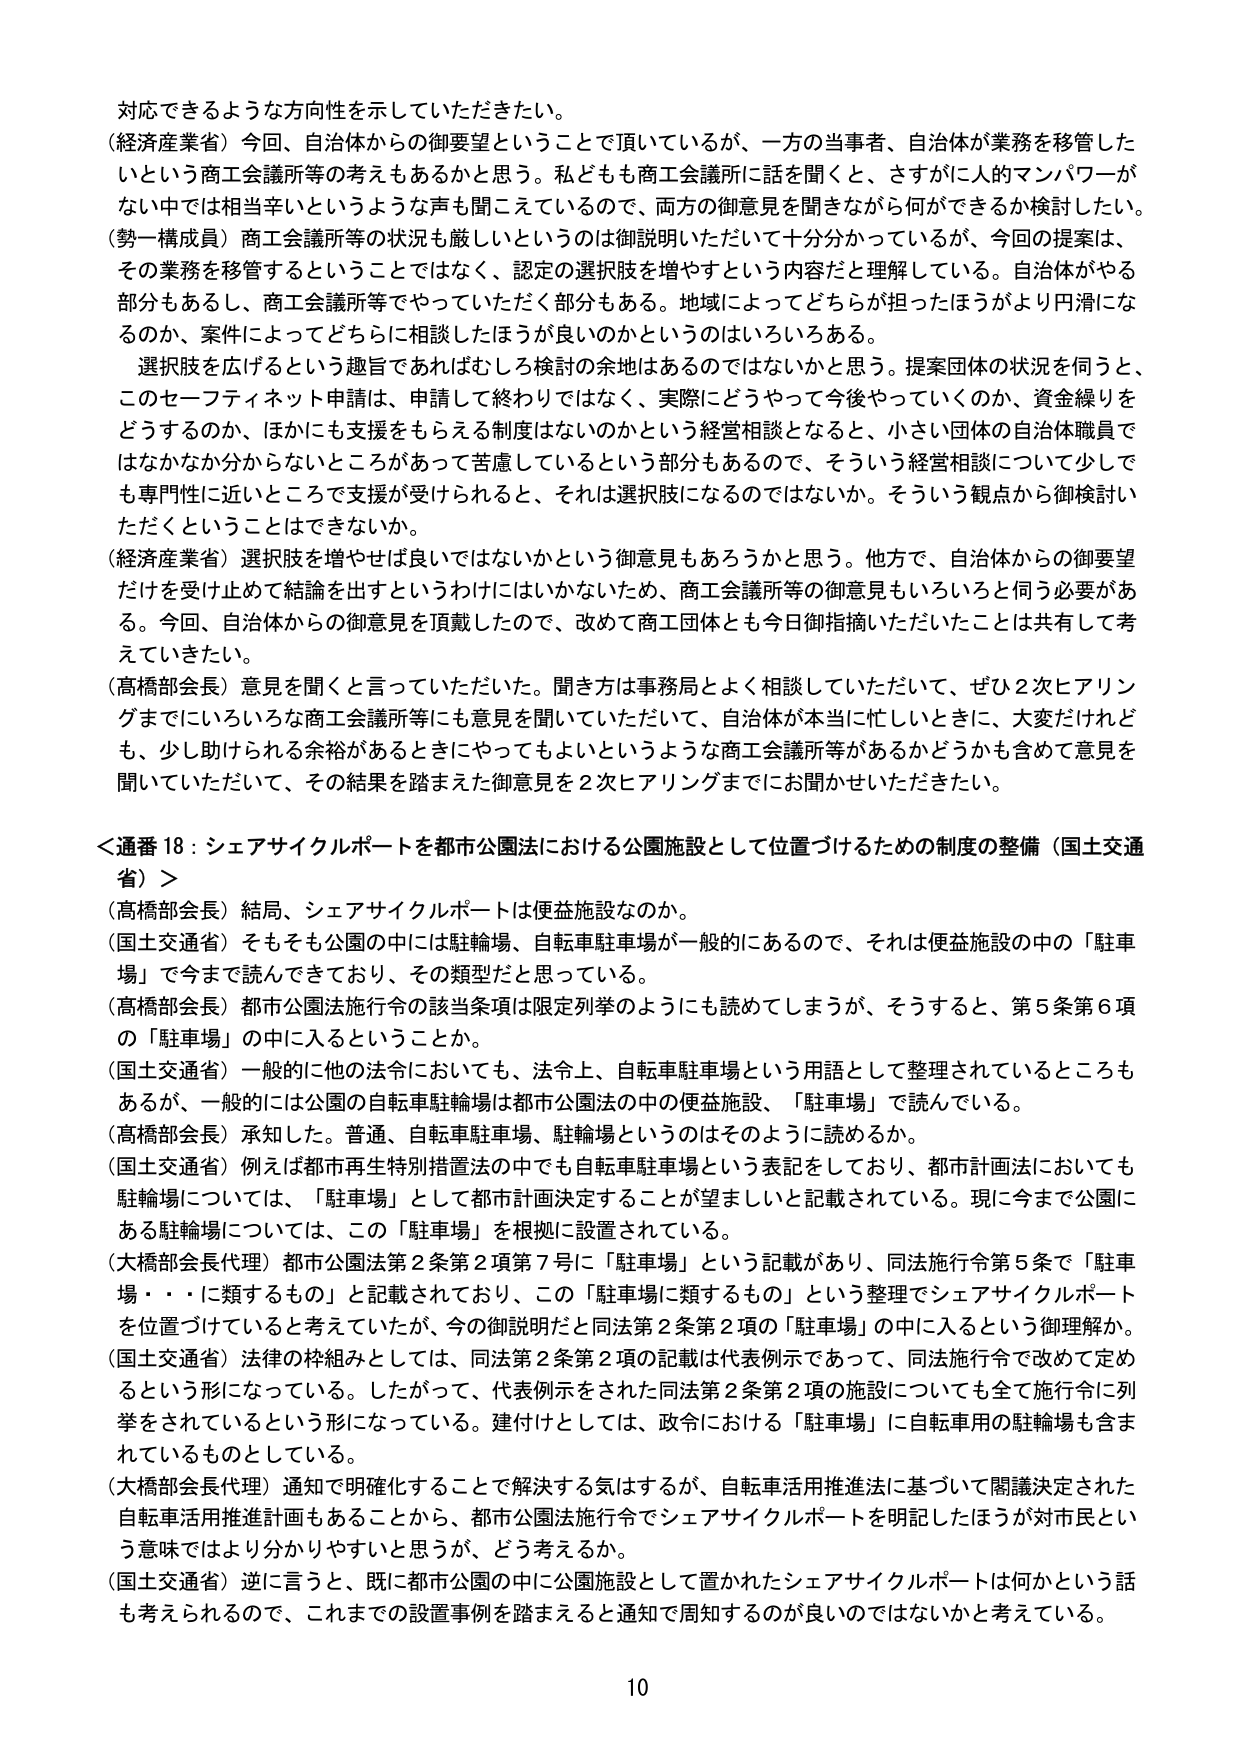
対応できるような方向性を示していただきたい。

（経済産業省）今回、自治体からの御要望ということで頂いているが、一方の当事者、自治体が業務を移管した
いという商工会議所等の考えもあるかと思う。私どもも商工会議所に話を聞くと、さすがに人的マンパワーが
ない中では相当辛いというような声も聞こえているので、両方の御意見を聞きながら何ができるか検討したい。

（勢一構成員）商工会議所等の状況も厳しいというのは御説明いただいて十分分かっているが、今回の提案は、
その業務を移管するということではなく、認定の選択肢を増やすという内容だと理解している。自治体がやる
部分もあるし、商工会議所等でやっていただく部分もある。地域によってどちらが担ったほうがより円滑にな
るのか、案件によってどちらに相談したほうが良いのかというのはいろいろある。

選択肢を広げるという趣旨であればむしろ検討の余地はあるのではないかと思う。提案団体の状況を伺うと、
このセーフティネット申請は、申請して終わりではなく、実際にどうやって今後やっていくのか、資金繰りを
どうするのか、ほかにも支援をもらえる制度はないのかという経営相談となると、小さい団体の自治体職員で
はなかなか分からないところがあって苦慮しているという部分もあるので、そういう経営相談について少しで
も専門性に近いところで支援が受けられると、それは選択肢になるのではないか。そういう観点から御検討い
ただくということはできないか。

（経済産業省）選択肢を増やせば良いではないかという御意見もあるろうかと思う。他方で、自治体からの御要望
だけを受け止めて結論を出すというわけにはいかないため、商工会議所等の御意見もいろいろと伺う必要があ
る。今回、自治体からの御意見を頂戴したので、改めて商工団体とも今日御指摘いただいたことは共有して考
えていきたい。

（高橋部会長）意見を聞くと言っていただいた。聞き方は事務局とよく相談していただいて、ぜひ2次ヒアリン
グまでにいろいろな商工会議所等にも意見を聞いていただいて、自治体が本当に忙しいときに、大変だけれど
も、少し助けられる余裕があるときにやってもよいというような商工会議所等があるかどうかも含めて意見を
聞いていただいて、その結果を踏まえた御意見を2次ヒアリングまでにお聞かせいただきたい。

＜通番18：シェアサイクルポートを都市公園法における公園施設として位置づけるための制度の整備（国土交通
省）＞

（高橋部会長）結局、シェアサイクルポートは便益施設なのか。

（国土交通省）そもそも公園の中には駐輪場、自転車駐車場が一般的にあるので、それは便益施設の中の「駐車
場」で今まで読んできており、その類型だと思っている。

（高橋部会長）都市公園法施行令の該当条項は限定列挙のようにも読めてしまうが、そうすると、第5条第6項
の「駐車場」の中に入るということか。

（国土交通省）一般的に他の法令においても、法令上、自転車駐車場という用語として整理されているところも
あるが、一般的には公園の自転車駐輪場は都市公園法の中の便益施設、「駐車場」で読んでいる。

（高橋部会長）承知した。普通、自転車駐車場、駐輪場というのはそのように読めるか。

（国土交通省）例えば都市再生特別措置法の中でも自転車駐車場という表記をしており、都市計画法においても
駐輪場については、「駐車場」として都市計画決定することが望ましいと記載されている。現に今まで公園に
ある駐輪場については、この「駐車場」を根拠に設置されている。

（大橋部会長代理）都市公園法第2条第2項第7号に「駐車場」という記載があり、同法施行令第5条で「駐車
場・・・に類するもの」と記載されており、この「駐車場に類するもの」という整理でシェアサイクルポート
を位置づけていると考えていたが、今の御説明だと同法第2条第2項の「駐車場」の中に入るという御理解か。

（国土交通省）法律の枠組みとしては、同法第2条第2項の記載は代表例示であって、同法施行令で改めて定め
るという形になっている。したがって、代表例示をされた同法第2条第2項の施設についても全て施行令に列
挙をされているという形になっている。建付けとしては、政令における「駐車場」に自転車用の駐輪場も含ま
れているものとしている。

（大橋部会長代理）通知で明確化することで解決する気はするが、自転車活用推進法に基づいて閣議決定された
自転車活用推進計画もあることから、都市公園法施行令でシェアサイクルポートを明記したほうが対市民とい
う意味ではより分かりやすいと思うが、どう考えるか。

（国土交通省）逆に言うと、既に都市公園の中に公園施設として置かれたシェアサイクルポートは何かという話
も考えられるので、これまでの設置事例を踏まえると通知で周知するのが良いのではないかと考えている。

10